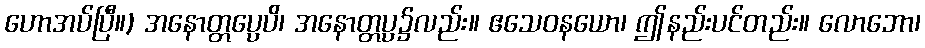
ဟောအပ်ပြီ။) အနောတ္တပ္ပေပိ၊ အနောတ္တပ္ပ၌လည်း။ ဧသေဝနယော၊ ဤနည်းပင်တည်း။ လောဘော၊